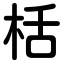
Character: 栝